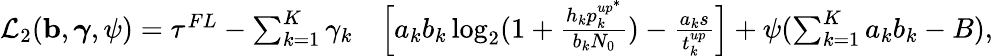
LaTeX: \begin{array}{rl}{\mathcal{L}_{2}(\mathbf{b},\boldsymbol{\gamma},\psi)=\tau^{FL}-\sum_{k=1}^{K}\gamma_{k}}&{\Big[a_{k}b_{k}\log_{2}(1+\frac{h_{k}p_{k}^{up^{*}}}{b_{k}N_{0}})-\frac{a_{k}s}{t_{k}^{up}}\Big]+\psi(\sum_{k=1}^{K}a_{k}b_{k}-{{B}}),}\end{array}